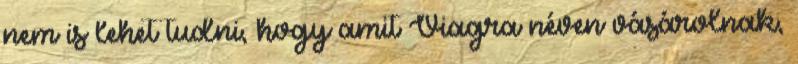
nem is lehet tudni, hogy amit Viagra néven vásárolnak,